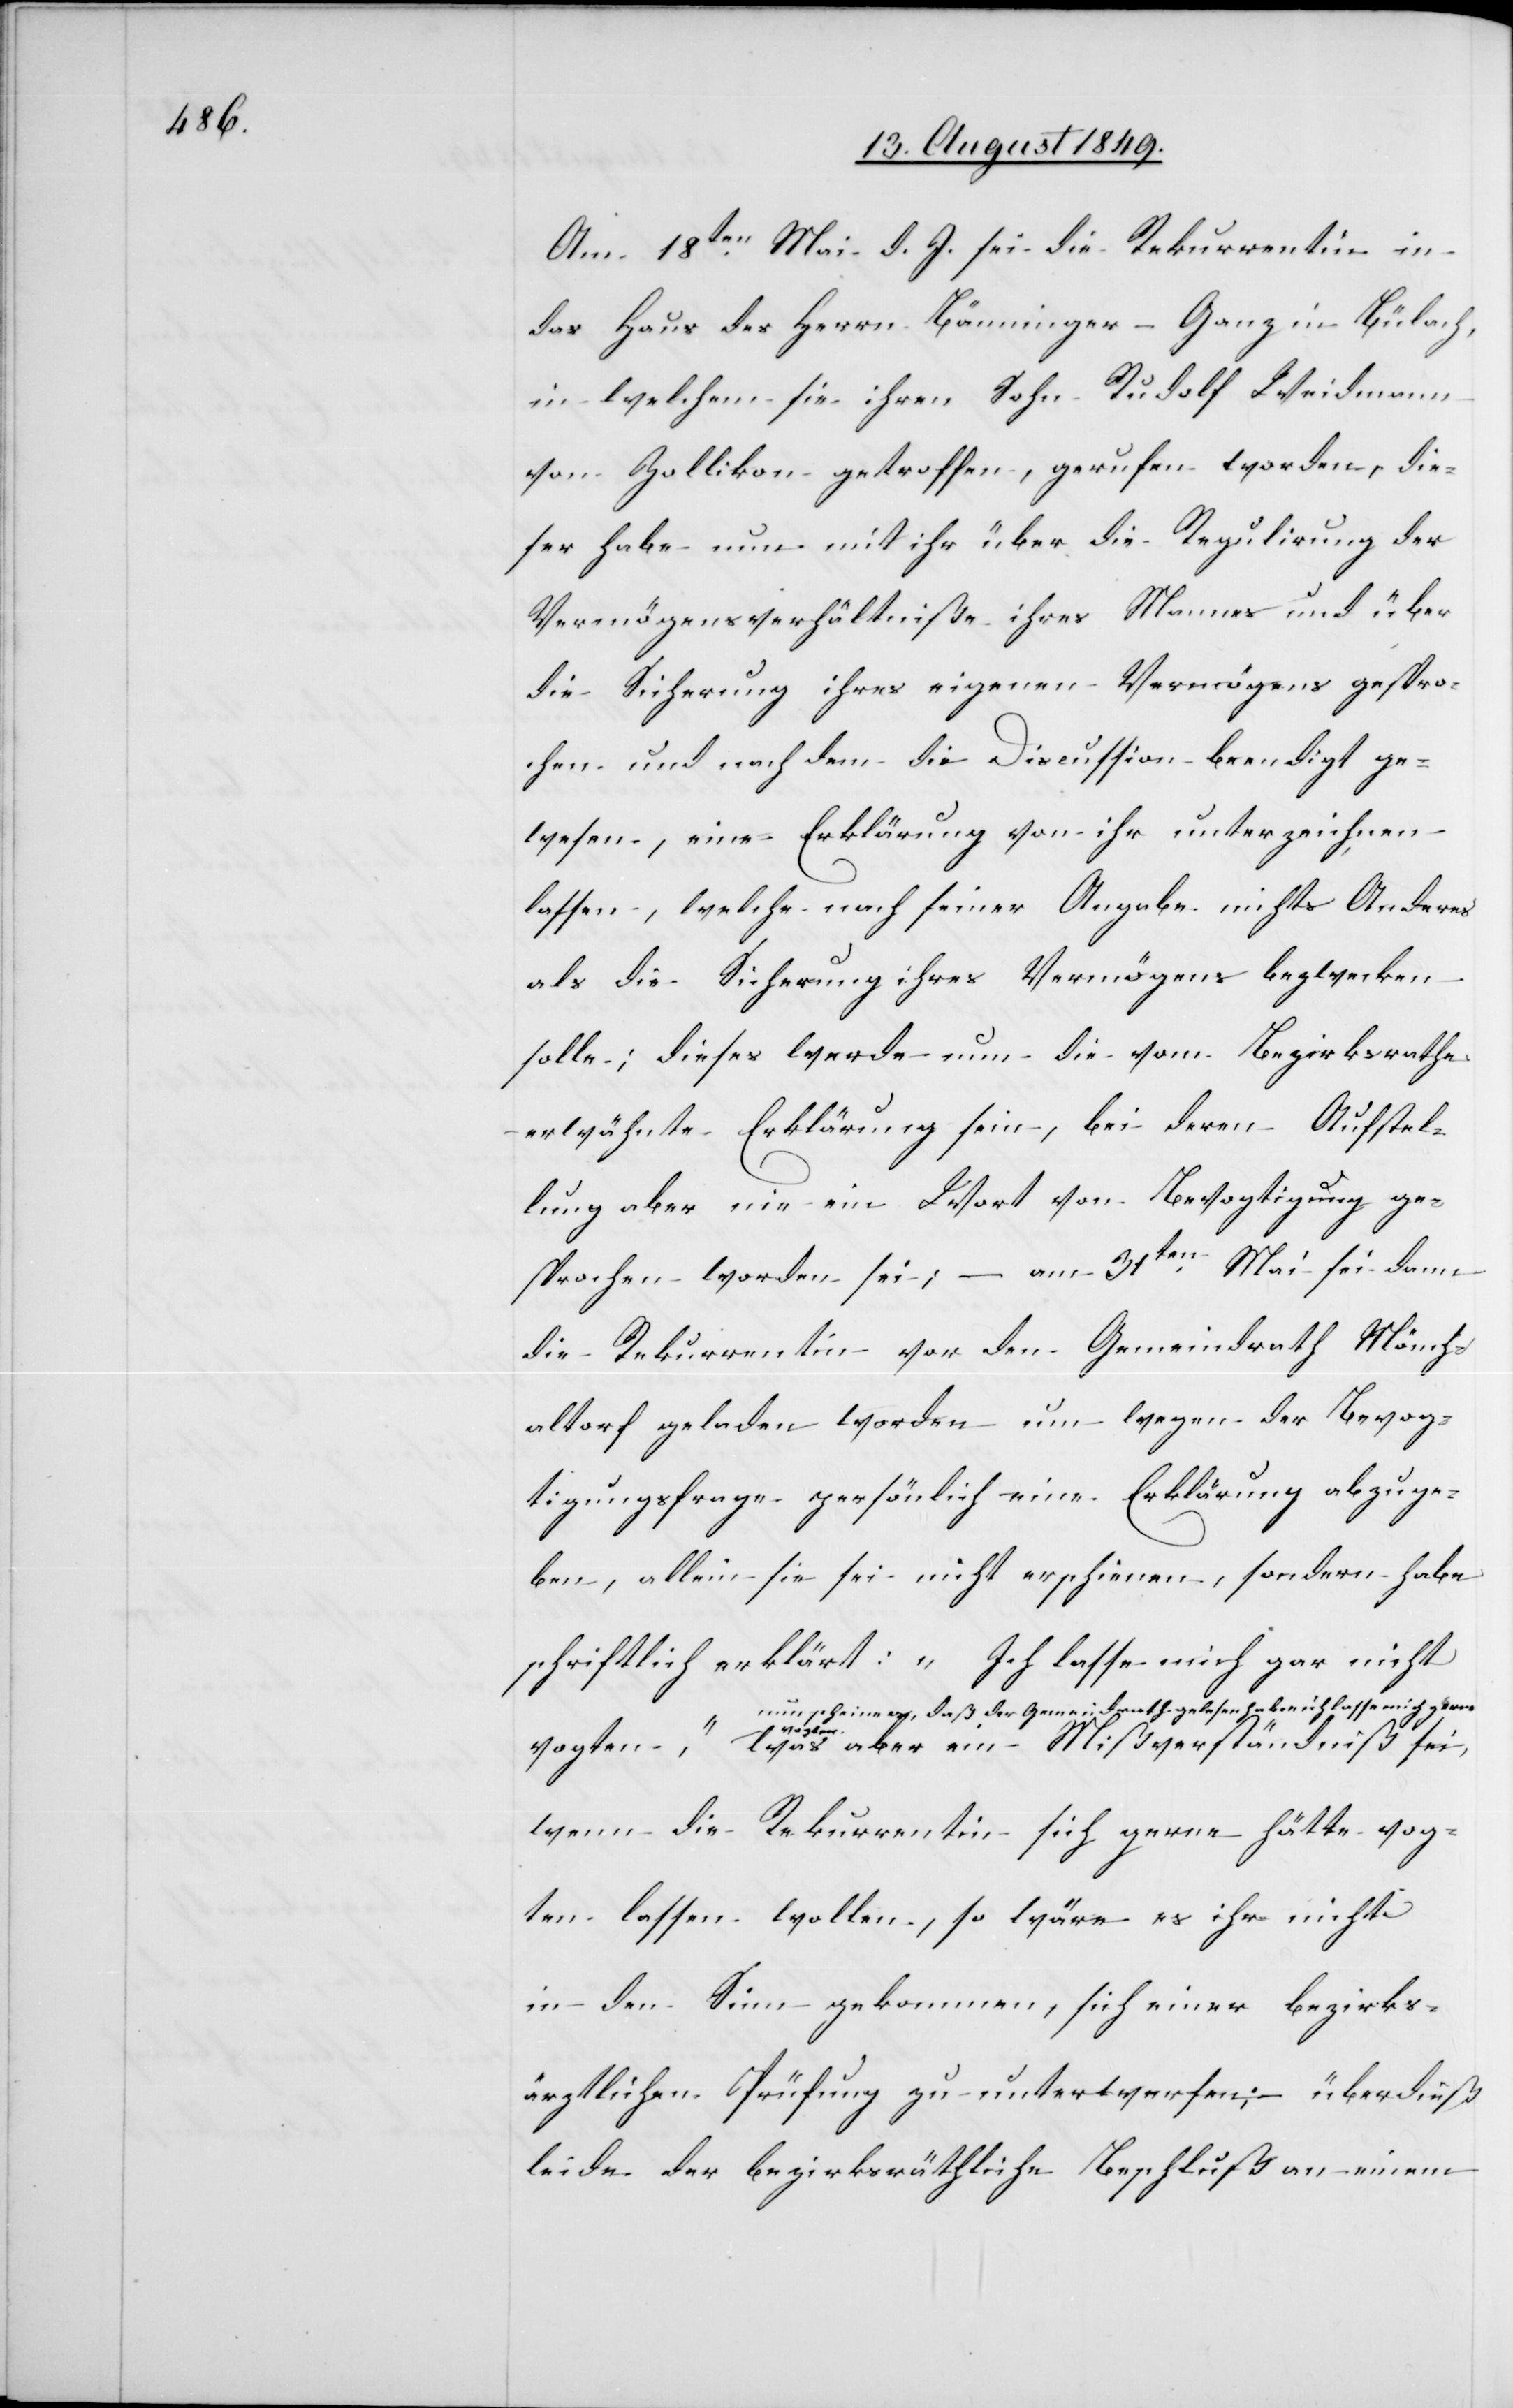
Am 18ten Mai d. J. sei die Rekurrentin in
das Haus des Herrn Bänninger-Ganz in Bülach,
in welchem sie ihren Sohn Rudolf Weidmann
von Zollikon getroffen, gerufen worden, die¬
ser habe nun mit ihr über die Regulirung der
Vermögensverhältniße ihres Mannes und über
die Sicherung ihres eigenen Vermögens gespro¬
chen und nach dem die Discussion beendigt ge¬
wesen, eine Erklärung von ihr unterzeichnen
lassen, welche nach seiner Angabe nichts Anderes
als die Sicherung ihres Vermögens bezwecken
solle; dieses werde nun die vom Bezirksrathe
erwähnte Erklärung sein, bei deren Aufstel¬
lung aber nie ein Wort von Bevogtigung ge¬
sprochen worden sei; – am 31ten Mai sei dann
die Rekurrentin vor den Gemeindrath Mönch¬
altorf geladen worden um wegen der Bevog¬
tigungsfrage persönlich eine Erklärung abzuge¬
ben, allein sie sei nicht erschienen, sondern habe
schriftlich erklärt: „Ich lasse mich gar nicht
a-nun scheine es, daß der Gemeindrath gelesen habe „ich lasse mich gerne
vogten[“].-a was aber ein Mißverständniß sei,
wen die Rekurrentin sich gerne hätte vog¬
ten lassen wollen, so wäre es ihr nicht
in den Sinn gekommen, sich einer bezirks¬
ärztlichen Prüfung zu unterwerfen: überdieß
leide der bezirksräthliche Beschluß an einem